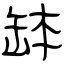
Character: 缽